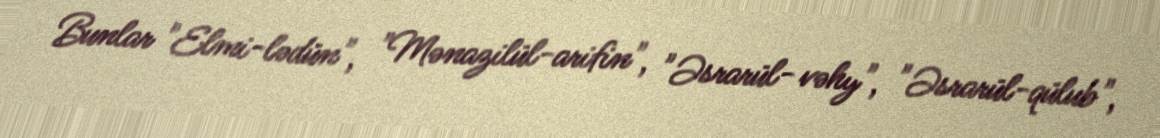
Bunlar "Elmi-lədün", "Mənazilül-arifin", "Əsrarül- vəhy", "Əsrarül-qülub",